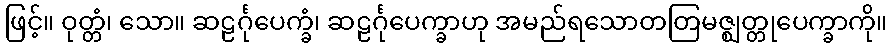
ဖြင့်။ ဝုတ္တံ၊ သော။ ဆဠင်္ဂုပေက္ခံ၊ ဆဠင်္ဂုပေက္ခာဟု အမည်ရသောတတြမဇ္ဈတ္တုပေက္ခာကို။